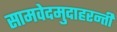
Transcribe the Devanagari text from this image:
सामवेदमुदाहरन्तीं